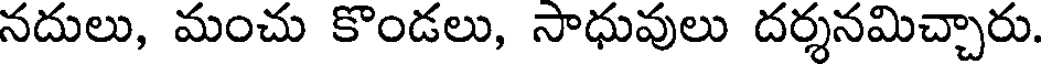
నదులు, మంచు కొండలు, సాధువులు దర్శనమిచ్చారు.